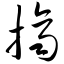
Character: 挤